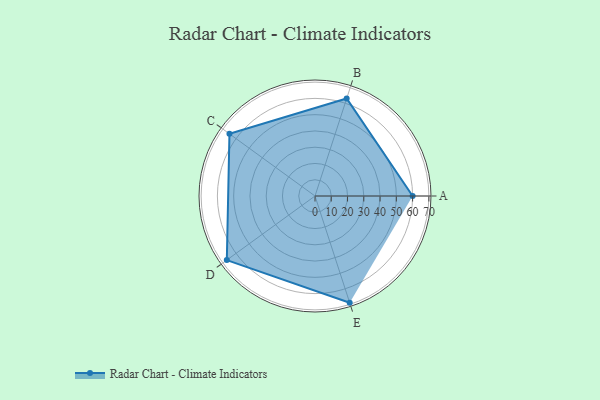
{"axis": {"x": "Skill", "y": "Score"}, "legend": ["Profile"], "data": [{"x": "A", "y": 60.0, "type": "Profile"}, {"x": "B", "y": 63.0, "type": "Profile"}, {"x": "C", "y": 65.0, "type": "Profile"}, {"x": "D", "y": 67.0, "type": "Profile"}, {"x": "E", "y": 69.0, "type": "Profile"}]}